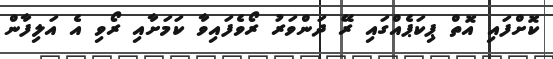
ކޮށްފައި އޮތް ޕިކަޕެއްގައި ރޭ ދަންވަރު ރޯވެފައިވާ ކަމަށާއި ރޯވި އެ އަލިފާން